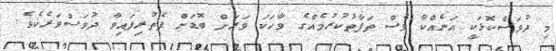
މި ދުވަސްކޮޅަކީ އަނެއްކާ ވެސް ތަފާތުކުރުމެއްގެ ވާހަކަ ވަރަށް ބޮޑަށް ފެތުރިފައިވާ ދުވަސްވަރެކެވެ.